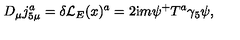
D _ { \mu } j _ { 5 \mu } ^ { a } = \delta { \cal L } _ { E } ( x ) ^ { a } = 2 \mathrm { i } m \psi ^ { + } T ^ { a } \gamma _ { 5 } \psi ,